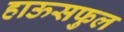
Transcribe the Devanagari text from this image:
हाऊसफुल